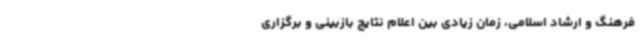
فرهنگ و ارشاد اسلامی، زمان زیادی بین اعلام نتایج بازبینی و برگزاری